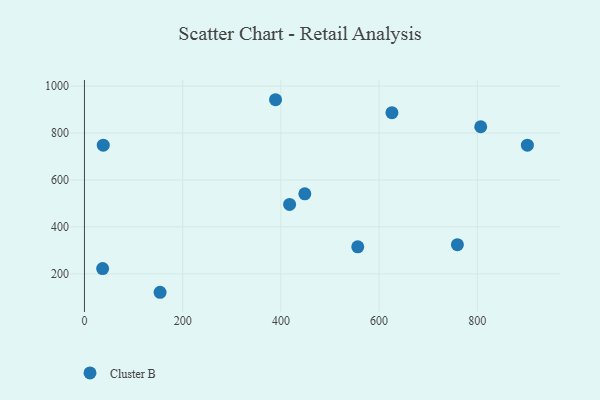
{"axis": {"x": "Price", "y": "Rating"}, "legend": ["Cluster B"], "data": [{"x": "37.0", "y": 222.6, "type": "Cluster B"}, {"x": "759.4", "y": 324.1, "type": "Cluster B"}, {"x": "38.3", "y": 748.2, "type": "Cluster B"}, {"x": "417.7", "y": 495.7, "type": "Cluster B"}, {"x": "389.1", "y": 942.0, "type": "Cluster B"}, {"x": "556.5", "y": 314.9, "type": "Cluster B"}, {"x": "901.9", "y": 748.1, "type": "Cluster B"}, {"x": "626.1", "y": 886.9, "type": "Cluster B"}, {"x": "806.9", "y": 826.9, "type": "Cluster B"}, {"x": "448.7", "y": 541.0, "type": "Cluster B"}, {"x": "154.0", "y": 121.4, "type": "Cluster B"}]}